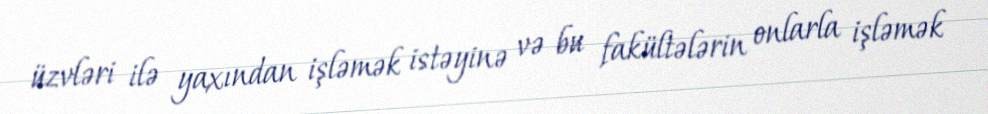
üzvləri ilə yaxından işləmək istəyinə və bu fakültələrin onlarla işləmək